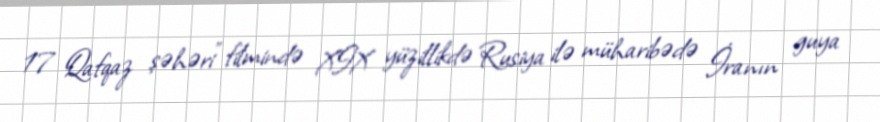
17 Qafqaz şəhəri" filmində XIX yüzillikdə Rusiya ilə müharibədə İranın guya